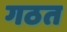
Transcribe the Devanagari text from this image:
गठत